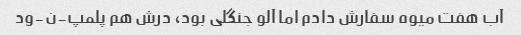
آب هفت میوه سفارش دادم اما آلو جنگلی بود، درش هم پلمپ-ن-ود